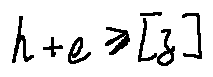
h + e \geq [ z ]